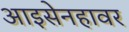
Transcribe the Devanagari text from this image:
आइसेनहावर